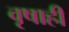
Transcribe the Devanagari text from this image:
वृषाही